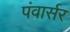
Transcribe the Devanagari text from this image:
पंवार्सर